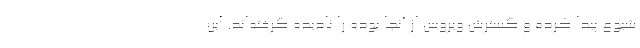
شیوع پیدا کرده و گسترش ویروس از آنجا بوده را نادیده گرفته‌اند. این